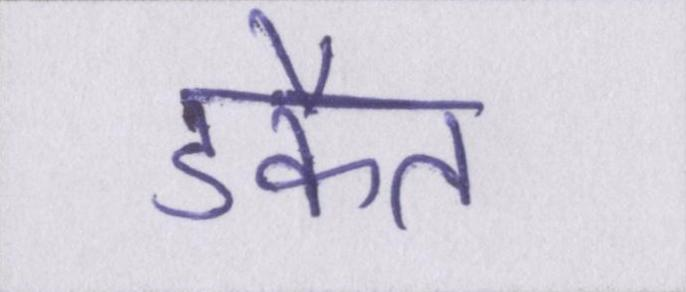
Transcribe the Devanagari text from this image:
डकैत